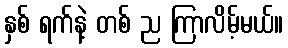
နှစ် ရက်နဲ့ တစ် ည ကြာလိမ့်မယ်။